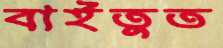
বাইতুত